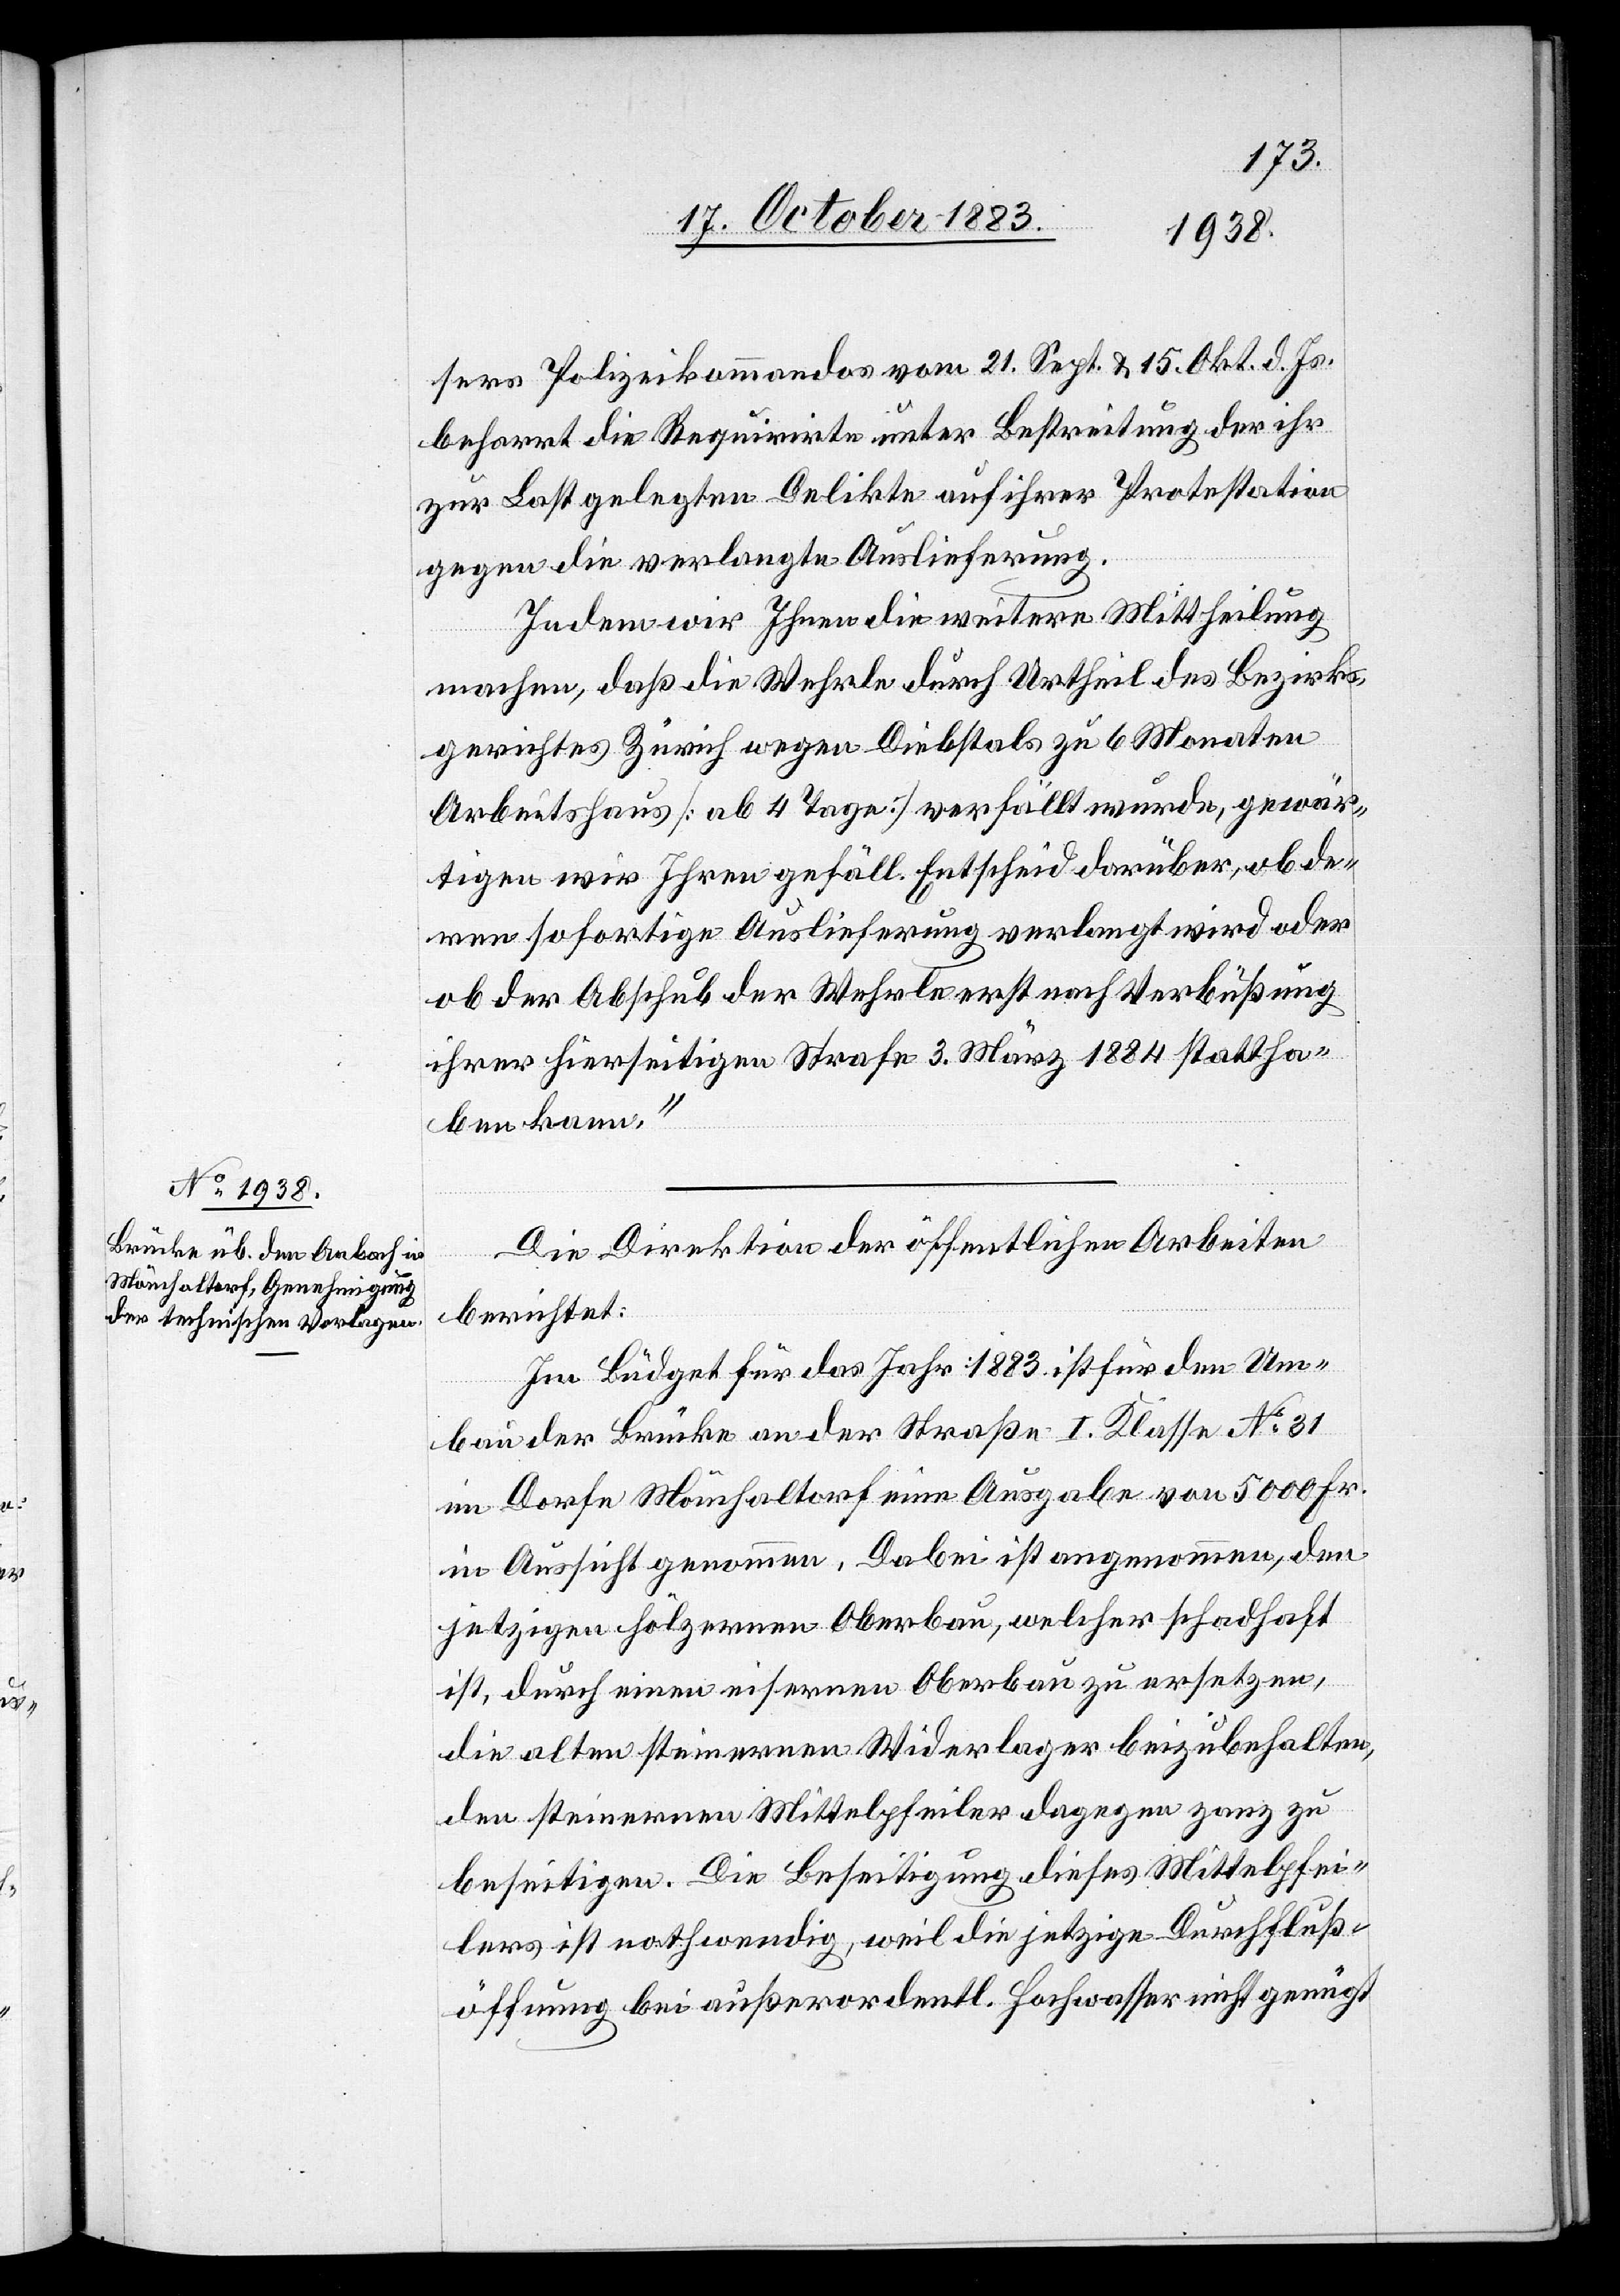
sers Polizeikommandos vom 21. Sept. & 15. Okt. d. Js.
beharrt die Requirite unter Bestreitung der ihr
zur Last gelegten Delikte auf ihrer Protestation
gegen die verlangte Auslieferung.
Indem wir Ihnen die weitere Mittheilung
machen, daß die Wehrle durch Urtheil des Bezirks¬
gerichtes Zürich wegen Diebstals zu 6 Monaten
Arbeitshaus [ab 4 Tage] verfällt wurde, gewär¬
tigen wir Ihren gefäll. Entscheid darüber, ob de¬
ren sofortige Auslieferung verlangt wird oder
ob der Abschub der Wehrle erst nach Verbüßung
ihrer hierseitigen Strafe 3. März 1884 stattha¬
ben kann.“
Die Direktion der öffentlichen Arbeiten
berichtet:
Im Büdget für das Jahr 1883 ist für den Um¬
bau der Brücke an der Straße I. Klasse No 31
im Dorfe Mönchaltorf eine Ausgabe von 5000 Fr.
in Aussicht genommen. Dabei ist angenommen, den
jetzigen hölzernen Oberbau, welcher schadhaft
ist, durch einen eisernen Oberbau zu ersetzen,
die alten steinernen Widerlager beizubehalten,
den steinernen Mittelpfeiler dagegen ganz zu
beseitigen. Die Beseitigung dieses Mittelpfei¬
lers ist nothwendig, weil die jetzige Durchfluß¬
öffnung bei außerordentl. Hochwasser nicht genügt